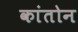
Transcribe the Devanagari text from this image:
कांतोन